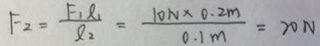
F _ { 2 } = \frac { F _ { 1 } \rho _ { 1 } } { \rho _ { 2 } } = \frac { 1 0 N \times 0 . 2 m } { 0 . 1 m } = 2 0 N